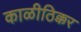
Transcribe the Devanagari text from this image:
काळीठिक्कर